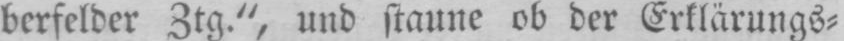
berfelder Ztg.“, und staune ob der Erklärungs⸗